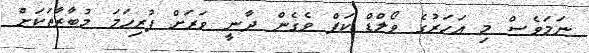
ނަމަވެސް މި އަހަރުގެ ވޯލްޑް ކަޕް ވެގެން ދާނީ ވަރަށް ފުރިހަމަ މުބާރާތަކަށް